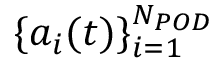
\{ a _ { i } ( t ) \} _ { i = 1 } ^ { N _ { P O D } }